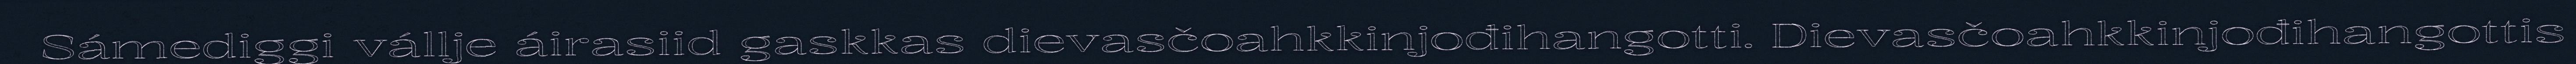
Sámediggi vállje áirasiid gaskkas dievasčoahkkinjođihangotti. Dievasčoahkkinjođihangottis